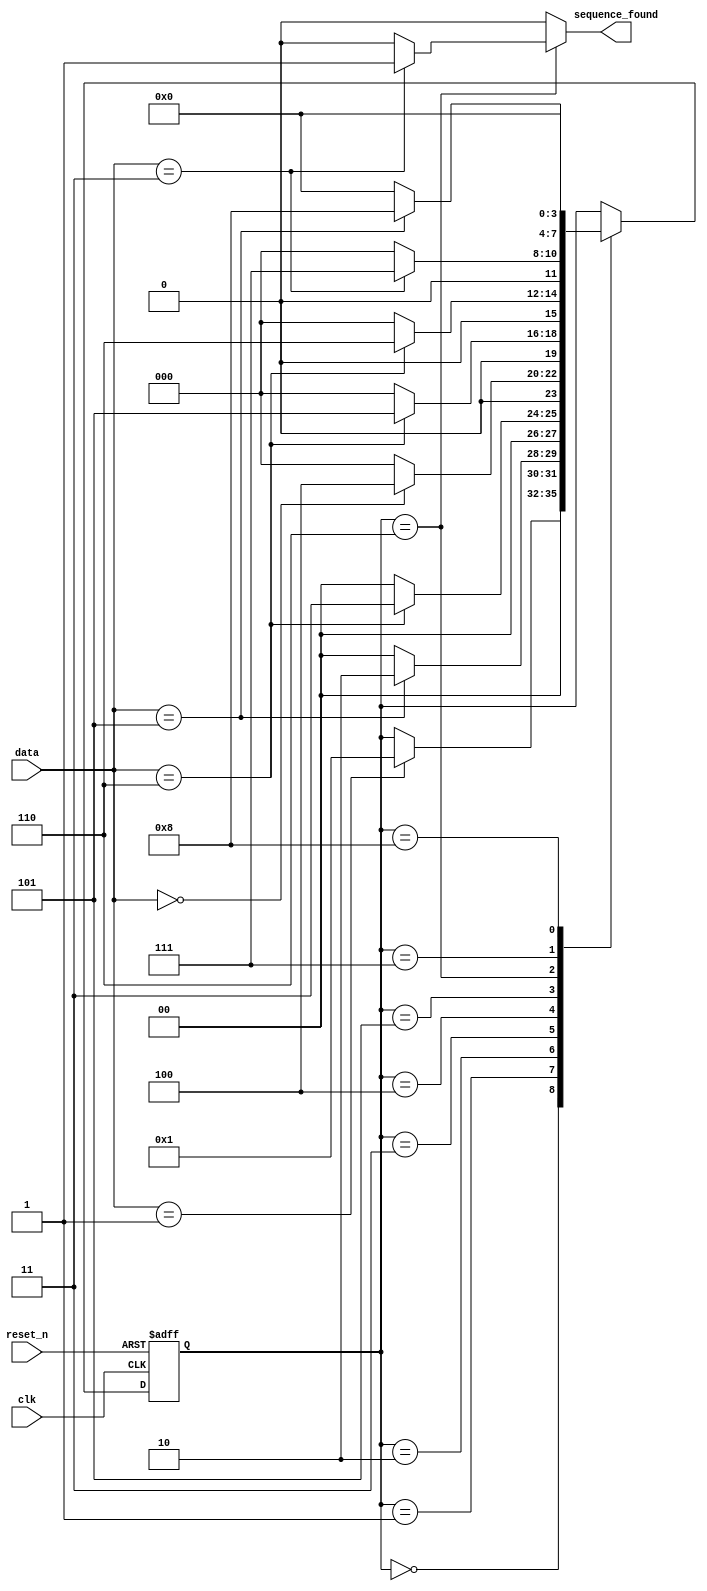
module SequenceDetector(
  input wire clk,
  input wire reset_n,
  input wire [2:0] data,
  output reg sequence_found
);

  // Define states using parameters
  parameter S_IDLE = 4'b0000;
  parameter S_001 = 4'b0001;
  parameter S_101 = 4'b0010;
  parameter S_110 = 4'b0011;
  parameter S_000 = 4'b0100;
  parameter S_110_1 = 4'b0101;
  parameter S_110_2 = 4'b0110;
  parameter S_011 = 4'b0111;
  parameter S_101_1 = 4'b1000;

  // Define internal signals
  reg [3:0] current_state;
  reg [3:0] next_state;

  // Sequential logic for state transition
  always @(posedge clk or negedge reset_n) begin
    if (!reset_n)
      current_state <= S_IDLE;
    else
      current_state <= next_state;
  end

  // Combinational logic for next state and sequence detection
  always @(*) begin
    next_state = current_state;
    sequence_found = 0;

    case (current_state)
      S_IDLE: begin
        if (data == 3'b001)
          next_state = S_001;
      end

      S_001: begin
        if (data == 3'b101)
          next_state = S_101;
        else
          next_state = S_IDLE;
      end

      S_101: begin
        if (data == 3'b110)
          next_state = S_110;
        else
          next_state = S_IDLE;
      end

      S_110: begin
        if (data == 3'b000)
          next_state = S_000;
        else
          next_state = S_IDLE;
      end

      S_000: begin
        if (data == 3'b110)
          next_state = S_110_1;
        else
          next_state = S_IDLE;
      end

      S_110_1: begin
        if (data == 3'b110)
          next_state = S_110_2;
        else
          next_state = S_IDLE;
      end

      S_110_2: begin
        if (data == 3'b011) begin
          next_state = S_011;
          sequence_found = 1;
        end
        else
          next_state = S_IDLE;
      end

      S_011: begin
        if (data == 3'b101)
          next_state = S_101_1;
        else
          next_state = S_IDLE;
      end

      S_101_1: begin
        next_state = S_IDLE;
      end
    endcase
  end

endmodule